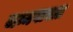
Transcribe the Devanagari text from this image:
जन्मगावात